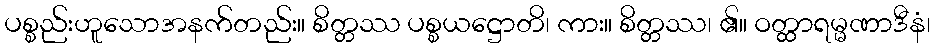
ပစ္စည်းဟူသောအနက်တည်း။ စိတ္တဿ ပစ္စယဋ္ဌောတိ၊ ကား။ စိတ္တဿ၊ ၏။ ဝတ္ထာရမ္မဏာဒီနံ၊